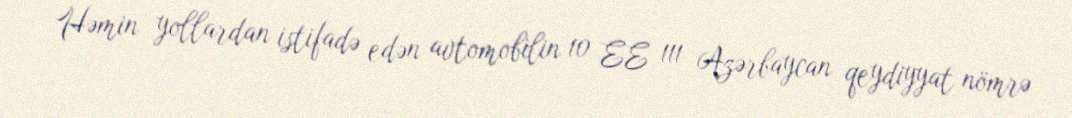
Həmin yollardan istifadə edən avtomobilin 10 EE 111 Azərbaycan qeydiyyat nömrə